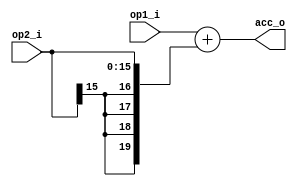
module  pu_adder2#(
    parameter INPUT_WD1       = 20,
    parameter INPUT_WD2       = 16,
    parameter OUTPUT_WD       = 20
)(
    input   [INPUT_WD1  -1 : 0]     op1_i ,
    input   [INPUT_WD2  -1 : 0]     op2_i ,
    output  [OUTPUT_WD  -1 : 0]     acc_o 
);

    wire    [OUTPUT_WD - 1 : 0]      level_0_1_w;
    wire    [OUTPUT_WD - 1 : 0]      level_0_2_w;
    wire    [OUTPUT_WD - 1 : 0]      level_1_1_w;


    /*************** dbg signals ****************/
    wire                            mon_overflow1;

    

    //assign level_0_1_w = {{(OUTPUT_WD - INPUT_WD2){1'b0}},op1_i };
    //assign level_0_2_w = {{(OUTPUT_WD - INPUT_WD2){1'b0}},op2_i };
    assign level_0_1_w = {{(OUTPUT_WD - INPUT_WD1){op1_i[INPUT_WD1 - 1]}}, op1_i};
    assign level_0_2_w = {{(OUTPUT_WD - INPUT_WD2){op2_i[INPUT_WD2 - 1]}}, op2_i};

    assign {mon_overflow1, level_1_1_w} = { {level_0_1_w[OUTPUT_WD-1]}, level_0_1_w} + {{level_0_1_w[OUTPUT_WD-1]}, level_0_2_w}    ;


    assign acc_o = level_1_1_w;

   endmodule